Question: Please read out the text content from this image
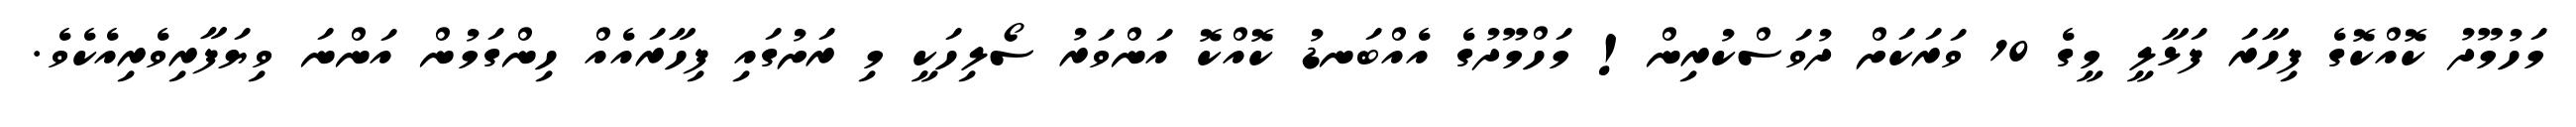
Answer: މަހުމޫދު ކޮއްކޮގެ ފިހާރަ ފަޅާލީ މީގެ 10 ވަރަކަށް ދުވަސްކުރިން! މަހްމޫދުގެ އެއްބަނޑު ކޮއްކޮ އަންވަރު ސޯލިހަކީ މި ރަށުގައި ފިހާރައެއް ހިންގަމުން އަންނަ ވިޔަފާރިވެރިއެކެވެ.